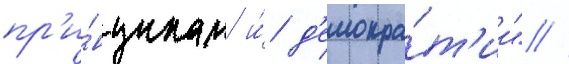
пр'и́нципам и́ д'емокра́т'ии" //